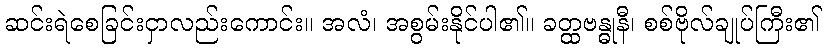
ဆင်းရဲစေခြင်းငှာလည်းကောင်း။ အလံ၊ အစွမ်းနိုင်ပါ၏။ ခတ္ထဗန္ဓုနီ၊ စစ်ဗိုလ်ချုပ်ကြီး၏